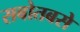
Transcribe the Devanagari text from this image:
सबोतबसे